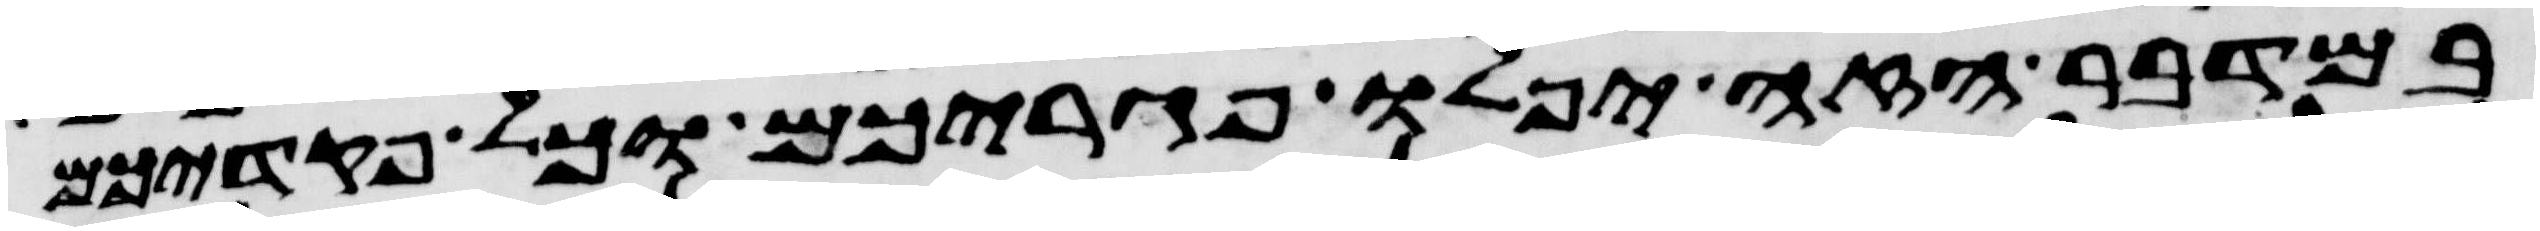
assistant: במדבר הזה יפלו פגריכם וכל פקדיכם